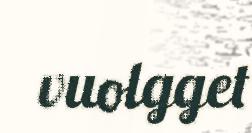
vuolgget